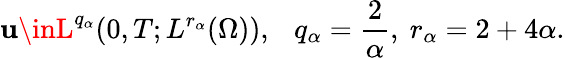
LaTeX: \mathbf{u}\inL^{q_{\alpha}}(0,T;L^{r_{\alpha}}(\Omega)),\ \ \ q_{\alpha}=\frac{{2}}{{\alpha}},\ r_{\alpha}=2+4\alpha.